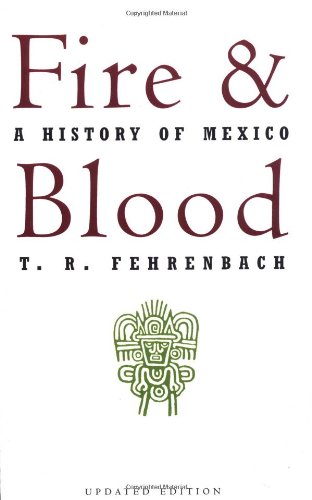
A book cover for Fire And Blood: A History Of Mexico; T. R. Fehrenbach; History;